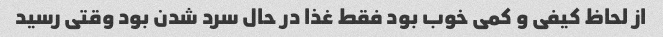
از لحاظ کیفی و کمی خوب بود فقط غذا در حال سرد شدن بود وقتی رسید